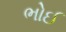
ભોઈ